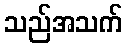
သည်အသက်